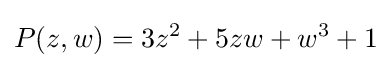
P(z,w)=3z^{2}+5zw+w^{3}+1